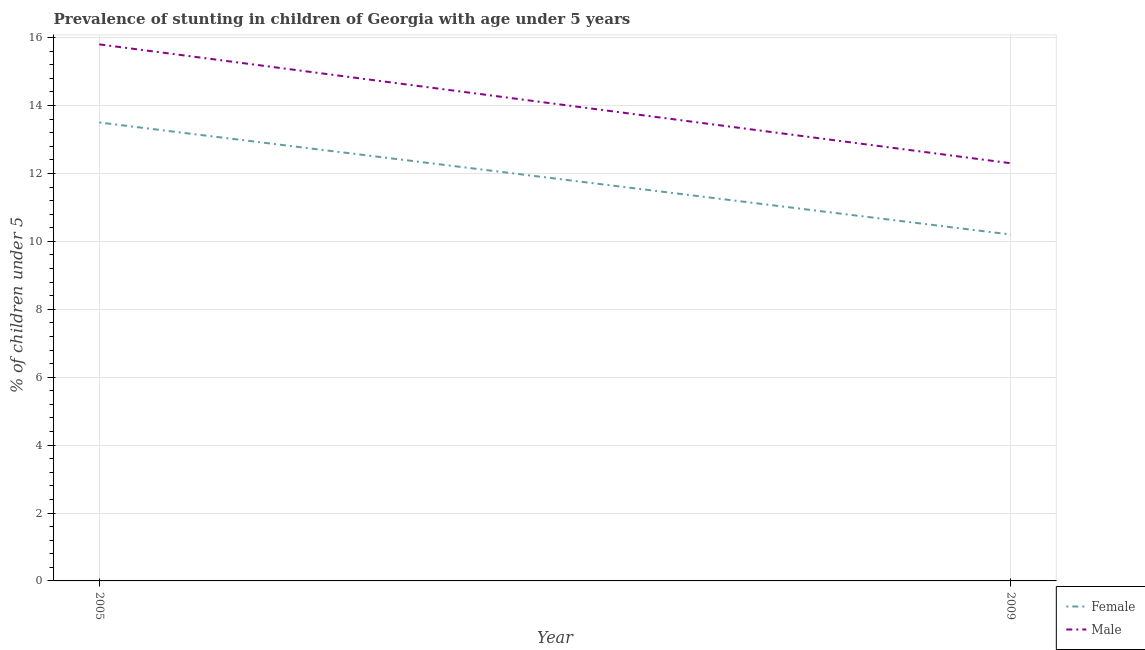
| Year | Female | Male |
 | --- | --- | --- |
 | 2005 | 13.5 | 15.8 |
 | 2009 | 10.2 | 12.3 |